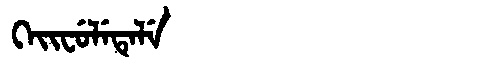
Manchu: ᡴᡝᡳᠸᡠᠯᡝᡨᡝᠯᡝ
Romanization: KEIFULETELE